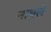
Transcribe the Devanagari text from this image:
नाचले